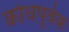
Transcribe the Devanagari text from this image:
क्रोधपूर्वक